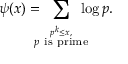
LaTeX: \psi ( x ) = \! \! \! \! \sum _ { \stackrel { p ^ { k } \leq x , } { p { \mathrm { ~ i s ~ p r i m e } } } } \! \! \! \! \log p .